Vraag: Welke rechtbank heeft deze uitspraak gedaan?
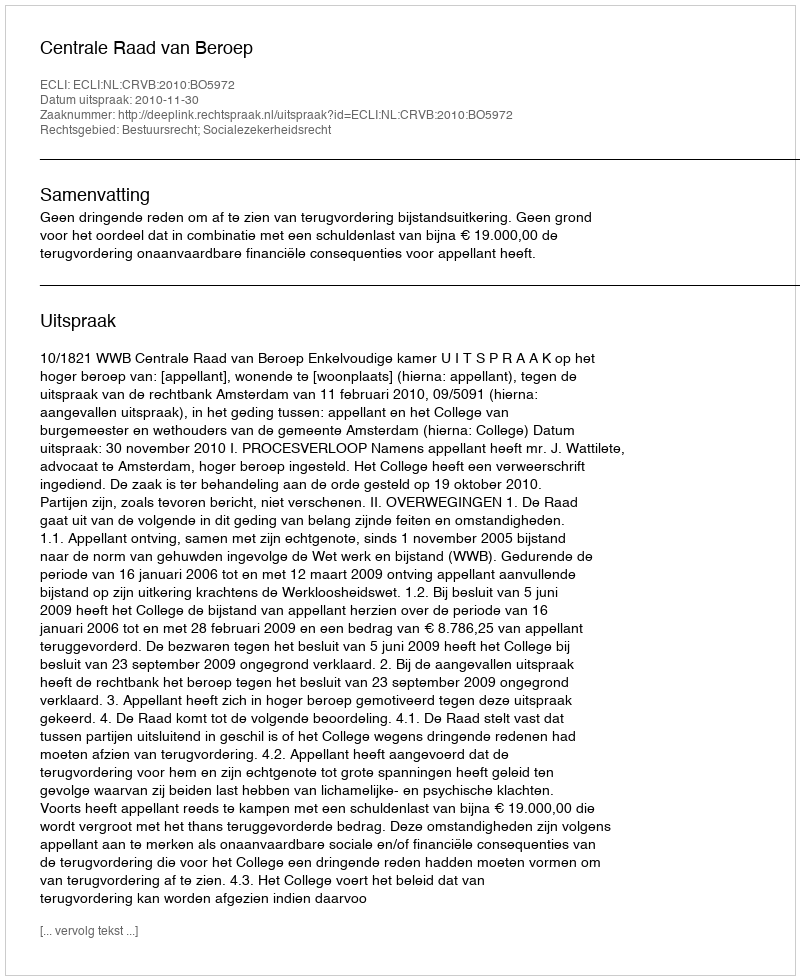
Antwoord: Centrale Raad van Beroep